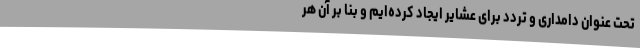
تحت عنوان دامداری و تردد برای عشایر ایجاد کرده‌ایم و بنا بر آن هر